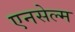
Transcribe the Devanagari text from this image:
एनसेल्म